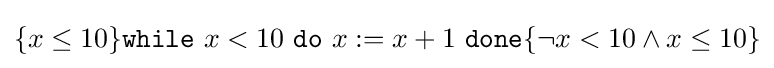
\{x\leq 10\}{\texttt {while}}\ x<10\ {\texttt {do}}\ x:=x+1\ {\texttt {done}}\{\neg x<10\wedge x\leq 10\}